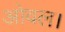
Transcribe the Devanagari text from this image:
ओवल।